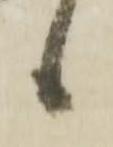
候